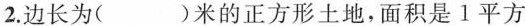
2.边长为( )米的正方形土地，面积是1平方